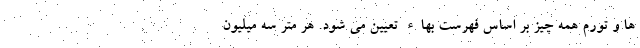
ها و تورم همه چیز بر اساس فهرست بهاء تعیین می شود. هر متر سه میلیون